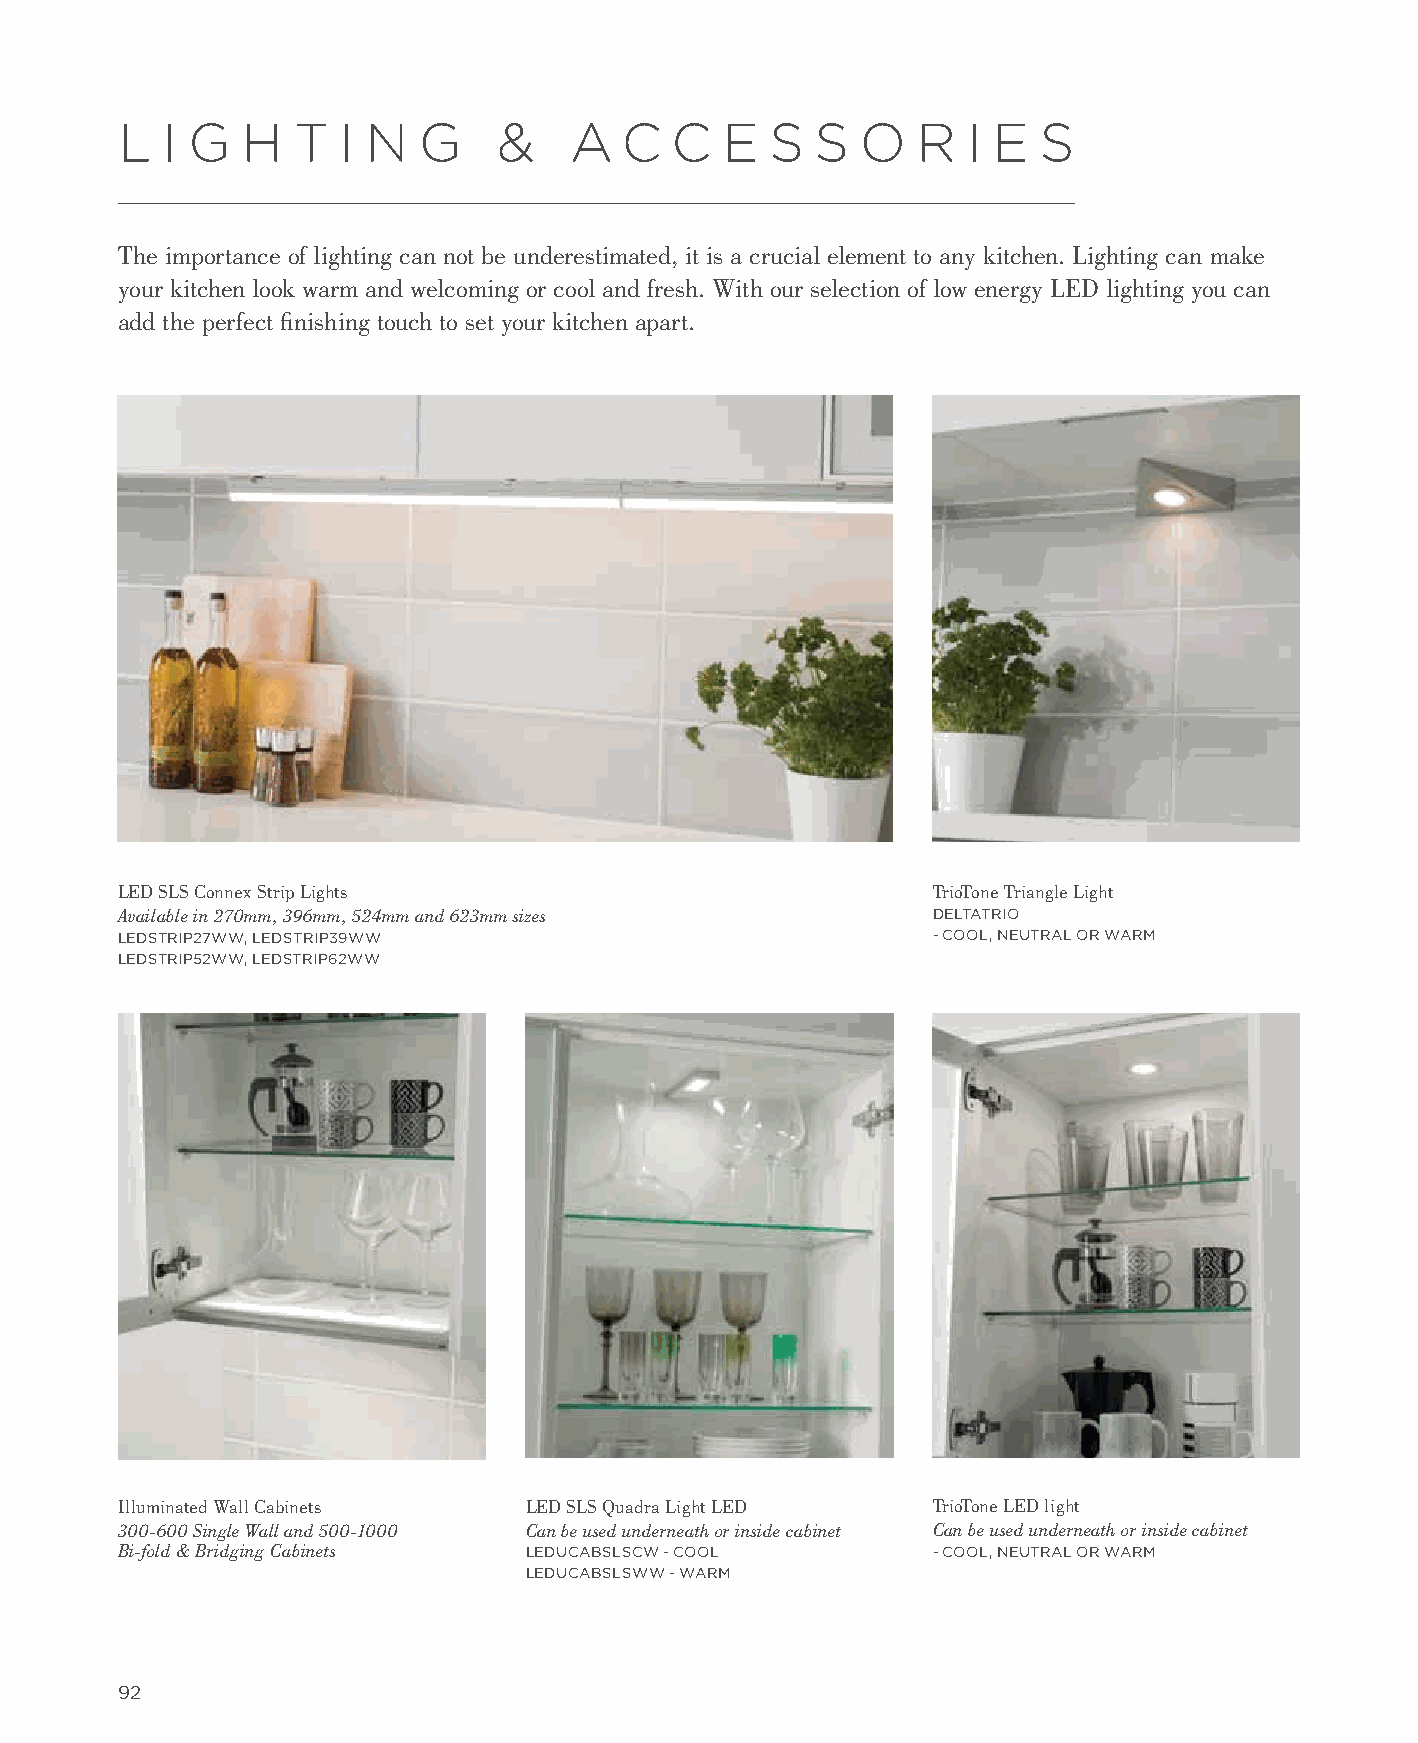
L  I G  H  T  I N   G    &    A  C  C   E  S  S  O   R  I E  S
 The importance of lighting can not be underestimated, it is a crucial element to any kitchen. Lighting can make
 your kitchen look warm and welcoming or cool and fresh. With our selection of low energy LED lighting you can
 add the perfect finishing touch to set your kitchen apart.
 LED SLS Connex Strip Lights                           TrioTone Triangle Light
 Available in 270mm, 396mm, 524mm and 623mm sizes      DELTATRIO
 LEDSTRIP27WW, LEDSTRIP39WW                            - COOL, NEUTRAL OR WARM
 LEDSTRIP52WW, LEDSTRIP62WW
 Illuminated Wall Cabinets  LED SLS Quadra Light LED   TrioTone LED light
 300-600 Single Wall and 500-1000 Can be used underneath or inside cabinet Can be used underneath or inside cabinet
 Bi-fold & Bridging Cabinets LEDUCABSLSCW - COOL       - COOL, NEUTRAL OR WARM
 LEDUCABSLSWW - WARM
 92